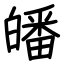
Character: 皤